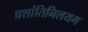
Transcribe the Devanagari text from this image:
प्रशांतिनिलयम